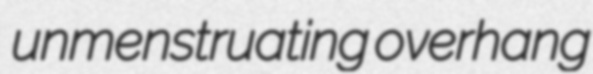
unmenstruating overhang